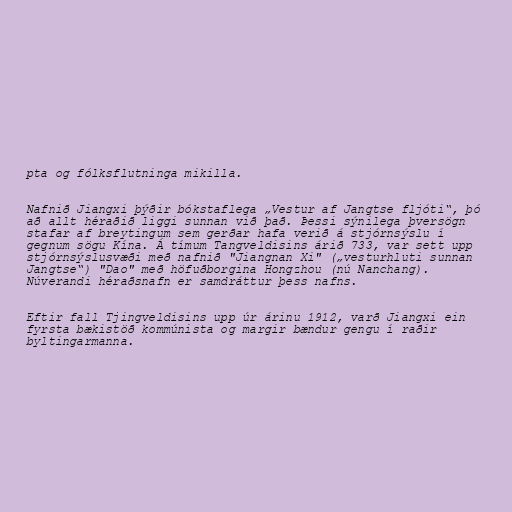
pta og fólksflutninga mikilla.

Nafnið Jiangxi þýðir bókstaflega „Vestur af Jangtse fljóti“, þó
að allt héraðið liggi sunnan við það. Þessi sýnilega þversögn
stafar af breytingum sem gerðar hafa verið á stjórnsýslu í
gegnum sögu Kína. Á tímum Tangveldisins árið 733, var sett upp
stjórnsýslusvæði með nafnið "Jiangnan Xi" („vesturhluti sunnan
Jangtse“) "Dao" með höfuðborgina Hongzhou (nú Nanchang).
Núverandi héraðsnafn er samdráttur þess nafns.

Eftir fall Tjingveldisins upp úr árinu 1912, varð Jiangxi ein
fyrsta bækistöð kommúnista og margir bændur gengu í raðir
byltingarmanna.